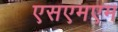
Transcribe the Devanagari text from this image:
एसएमएम